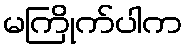
မကြိုက်ပါက